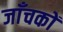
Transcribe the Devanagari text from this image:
जाँचकों